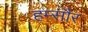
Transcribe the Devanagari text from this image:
हम्सौर